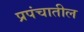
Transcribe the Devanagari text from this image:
प्रपंचातील